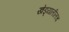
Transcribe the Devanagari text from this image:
खेड्यातीलच